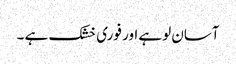
آسان لوہے اور فوری خشک ہے ۔